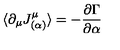
\langle \partial _ { \mu } J _ { ( \alpha ) } ^ { \mu } \rangle = - \frac { \partial \Gamma } { \partial \alpha }